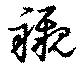
襯